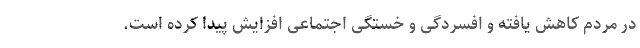
در مردم کاهش یافته و افسردگی و خستگی اجتماعی افزایش پیدا کرده است.